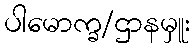
ပါမောက္ခ/ဌာနမှူး